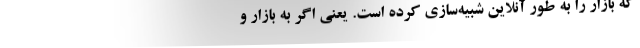
که بازار را به طور آنلاین شبیه‌سازی کرده است. یعنی اگر به بازار و